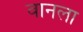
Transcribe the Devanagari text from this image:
वानला